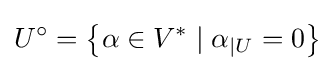
U^{\circ }=\left\{\alpha \in V^{*}\mid \alpha _{\vert U}=0\right\}